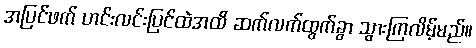
အပြင်ဖက် ဟင်းလင်းပြင်ထဲအထိ ဆက်လက်ထွက်ခွာ သွားကြလိမ့်မည်။